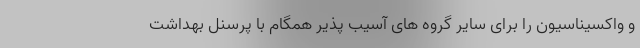
و واکسیناسیون را برای سایر گروه های آسیب پذیر همگام با پرسنل بهداشت